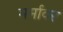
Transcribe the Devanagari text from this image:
मर्मावर